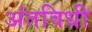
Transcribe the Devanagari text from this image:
अंतविधी